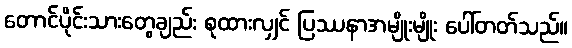
တောင်ပိုင်းသားတွေချည်း စုထားလျှင် ပြဿနာအမျိုးမျိုး ပေါ်တတ်သည်။